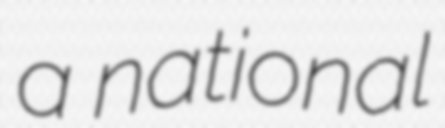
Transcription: a national